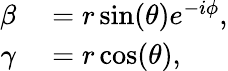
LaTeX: \begin{array}{rl}{\beta}&{{}=r\sin(\theta)e^{-i\phi},}\\ {\gamma}&{{}=r\cos(\theta),}\end{array}